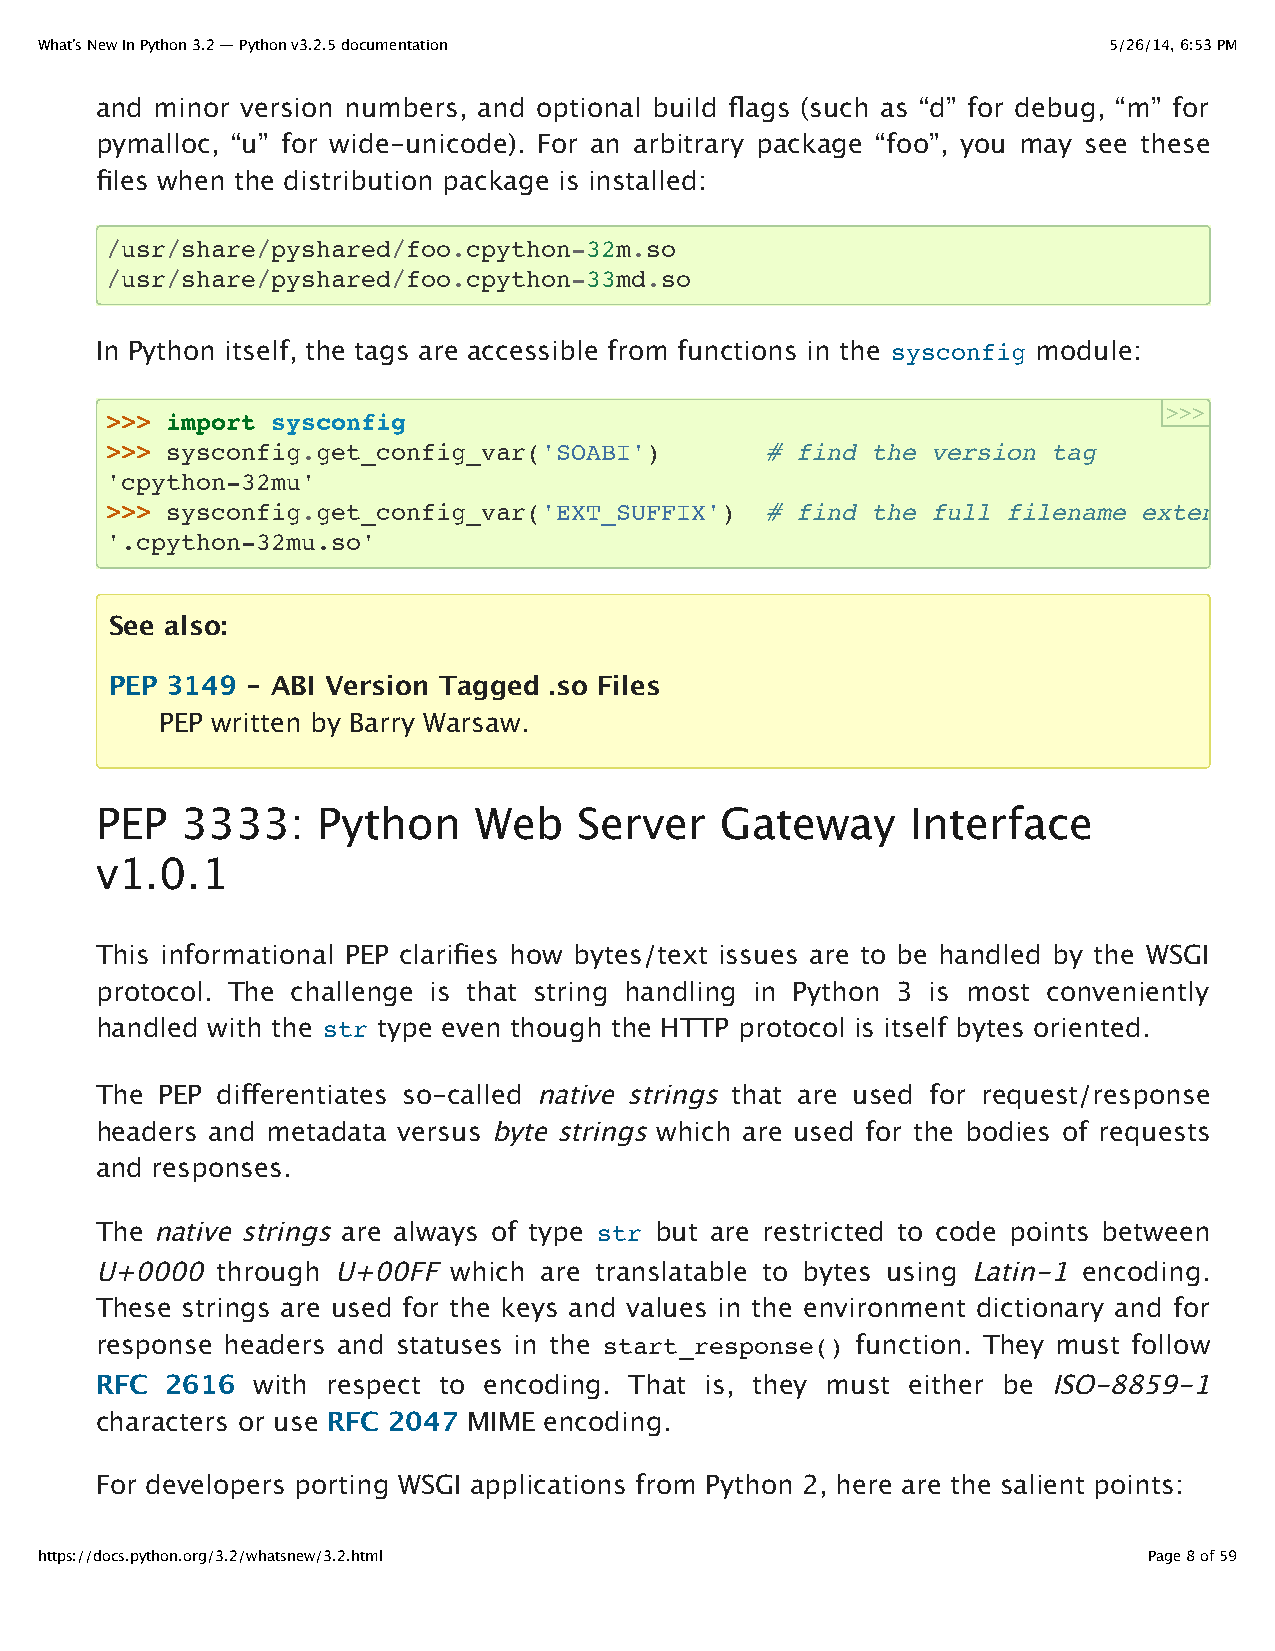
What’s New In Python 3.2 — Python v3.2.5 documentation                 5/26/14, 6:53 PM
 and minor version numbers, and optional build flags (such as “d” for debug, “m” for
 pymalloc, “u” for wide-unicode). For an arbitrary package “foo”, you may see these
 files when the distribution package is installed:
 /usr/share/pyshared/foo.cpython-32m.so
 /usr/share/pyshared/foo.cpython-33md.so
 In Python itself, the tags are accessible from functions in the sysconfig module:
 >>>
 >>> import sysconfig
 >>> sysconfig.get_config_var('SOABI')       # find the version tag
 'cpython-32mu'
 >>> sysconfig.get_config_var('EXT_SUFFIX')  # find the full filename extension
 '.cpython-32mu.so'
 See also:
 PEP 3149 - ABI Version Tagged .so Files
 PEP written by Barry Warsaw.
 PEP   3333:    Python    Web    Server    Gateway     Interface
 v1.0.1
 This informational PEP clarifies how bytes/text issues are to be handled by the WSGI
 protocol. The challenge is that string handling in Python 3 is most conveniently
 handled with the str type even though the HTTP protocol is itself bytes oriented.
 The PEP differentiates so-called native strings that are used for request/response
 headers and metadata versus byte strings which are used for the bodies of requests
 and responses.
 The native strings are always of type str but are restricted to code points between
 U+0000  through U+00FF  which are translatable to bytes using Latin-1 encoding.
 These strings are used for the keys and values in the environment dictionary and for
 response headers and statuses in the start_response() function. They must follow
 RFC  2616  with respect to encoding. That is, they must either be ISO-8859-1
 characters or use RFC 2047 MIME encoding.
 For developers porting WSGI applications from Python 2, here are the salient points:
 https://docs.python.org/3.2/whatsnew/3.2.html                             Page 8 of 59